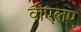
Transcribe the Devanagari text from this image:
वीएलए